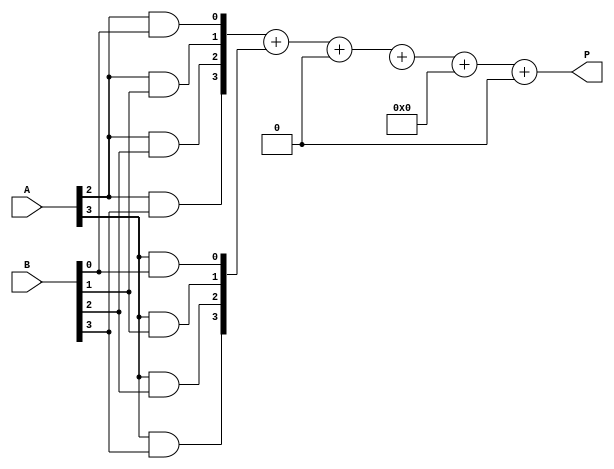
module wallace_tree_multiplier #(parameter N = 4) (
    input [N-1:0] A,
    input [N-1:0] B,
    output [2*N-1:0] P
);

    wire [N-1:0] pp [N-1:0]; // Partial products
    wire [N+N-1:0] sum [N-1:0]; // Sums for carry-save adders
    wire [N-1:0] carry [N-1:0]; // Carries for carry-save adders

    // Partial Product Generation
    genvar i, j;
    generate
        for (i = 0; i < N; i = i + 1) begin: pp_gen
            for (j = 0; j < N; j = j + 1) begin: pp_row
                assign pp[i][j] = A[i] & B[j];
            end
        end
    endgenerate

    // Wallace Tree Reduction using Carry-Save Adders
    generate
        for (i = 0; i < N-1; i = i + 1) begin: wallace_reduction
            if (i == 0) begin
                assign sum[0] = {1'b0, pp[0]} + {1'b0, pp[1]} + {1'b0, pp[2]};
                assign carry[0] = 0; // No carry at the first stage
            end else begin
                assign {carry[i], sum[i]} = pp[i] + pp[i+1] + carry[i-1];
            end
        end
    endgenerate

    // Final addition
    wire [2*N-1:0] final_sum;
    wire [2*N-1:0] final_carry;

    assign final_sum = {1'b0, sum[N-2]} + {1'b0, sum[N-1]} + {1'b0, carry[N-2]};
    assign final_carry = 0; // No carry for the final addition

    // Final Product
    assign P = final_sum + final_carry;

endmodule